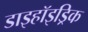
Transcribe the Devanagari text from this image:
डाइहॉइड्रिक